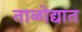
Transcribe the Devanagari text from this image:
ताळोद्यात